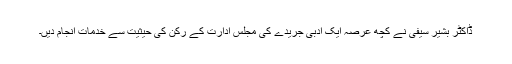
ڈاکٹر بشیر سیفی نے کچھ عرصہ ایک ادبی جریدے کی مجلس ادارت کے رکن کی حیثیت سے خدمات انجام دیں۔